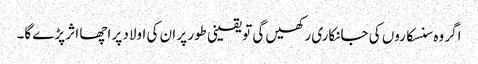
اگر وہ سنسکاروں کی جانکاری رکھیں گی تو یقینی طور پر ان کی اولاد پر اچھا اثر پڑے گا۔